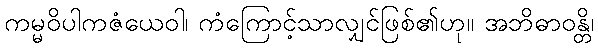
ကမ္မဝိပါကဇံယေဝါ၊ ကံကြောင့်သာလျှင်ဖြစ်၏ဟု။ အဘိဓာဝန္တိ၊